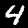
Digit: 4